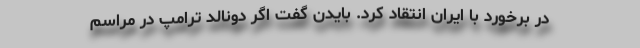
در برخورد با ایران انتقاد کرد. بایدن گفت اگر دونالد ترامپ در مراسم